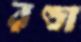
রণ্ডা